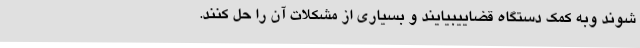
شوند وبه کمک دستگاه قضاییبیایند و بسیاری از مشکلات آن را حل کنند.